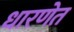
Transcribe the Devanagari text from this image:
धारणेत